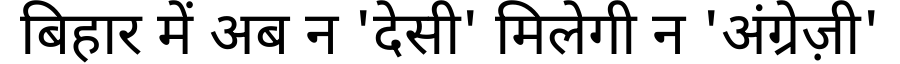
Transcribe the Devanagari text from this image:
बिहार में अब न 'देसी' मिलेगी न 'अंग्रेज़ी'